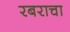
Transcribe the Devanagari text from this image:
रबराचा